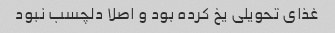
غذای تحویلی یخ کرده بود و اصلا دلچسب نبود